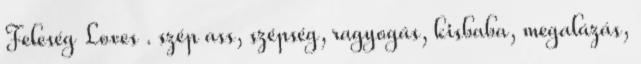
Feleség Loves . szép ass, szépség, ragyogás, kisbaba, megalázás,